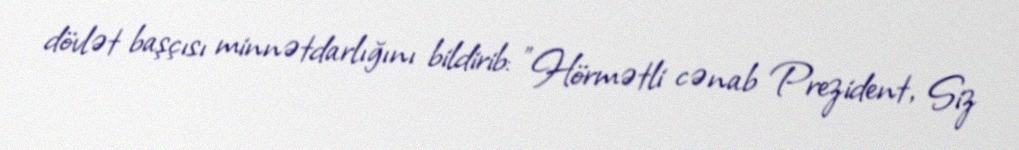
dövlət başçısı minnətdarlığını bildirib: "Hörmətli cənab Prezident, Siz